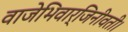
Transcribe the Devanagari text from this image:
वाजेभिवार्जिनीवती।